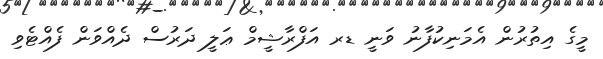
މީގެ އިތުރުން އެމަނިކުފާނު ވަނީ ޑރ އަފްރާޝީމް ޢަލީ ދަރުސް ދެއްވަން ފެއްޓެވި